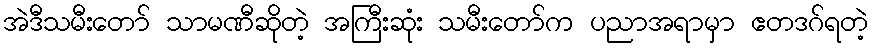
အဲဒီသမီးတော် သာမဏီဆိုတဲ့ အကြီးဆုံး သမီးတော်က ပညာအရာမှာ ဧတဒဂ်ရတဲ့